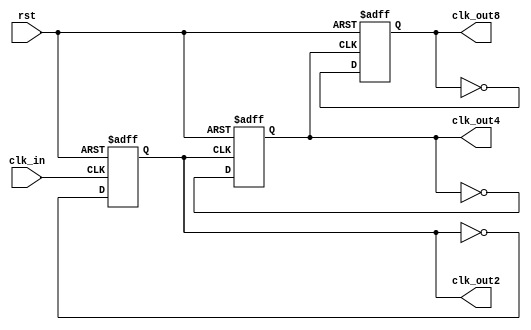
`timescale 1ns / 1ps


module even_div
    (
    input     wire rst ,
    input     wire clk_in,
    output    wire clk_out2,
    output    wire clk_out4,
    output    wire clk_out8
    );
//*************code***********//
    reg out2;//D
    reg out4;
    reg out8;
    
    always @(posedge clk_in or negedge rst) begin //
        if(rst == 1'b0) 
            out2 <= 1'b0;
        else
            out2 <= ~out2;
    end
    
    always @(posedge out2 or negedge rst) begin //
         if(rst == 1'b0) 
             out4 <= 1'b0;
         else
            out4 <= ~out4;
    end
    
    always @(posedge out4 or negedge rst) begin 
        if(rst == 1'b0) 
            out8 <= 1'b0;
        else
            out8 <= ~out8;
    end
    
    assign clk_out2 = out2;
    assign clk_out4 = out4;
    assign clk_out8 = out8;
            
//*************code***********//
endmodule